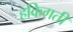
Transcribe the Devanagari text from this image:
हकिगती